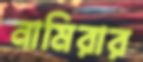
নামিরার